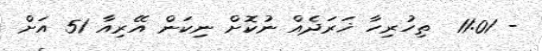
- 11:01  ތިހުރިހާ ޚަރަދެއް ނުކޮށް ނިކަން އޭރިއާ 51 އަށް